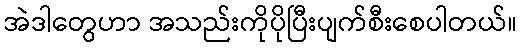
အဲဒါတွေဟာ အသည်းကိုပိုပြီးပျက်စီးစေပါတယ်။